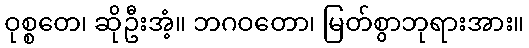
ဝုစ္စတေ၊ ဆိုဦးအံ့။ ဘဂဝတော၊ မြတ်စွာဘုရားအား။